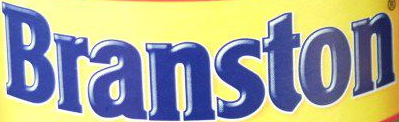
Branston